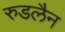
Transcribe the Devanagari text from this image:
रुडलैन